Civil Veterinary Department Bihar & Orissa reports 1911-21 - 1911-1921
Year: 1911
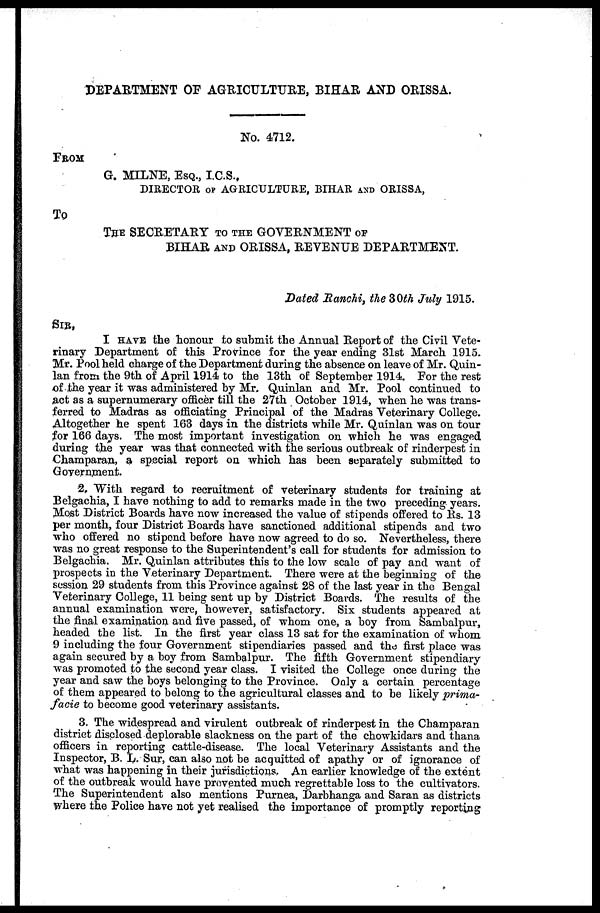
DEPARTMENT OF AGRICULTURE, BIHAR AND ORISSA.
No. 4712.
FROM
G. MILNE, ESQ., I.C.S.,
DIRECTOR OF AGRICULTURE, BIHAR AND ORISSA,
TO
THE SECRETARY TO THE GOVERNMENT OF
BIHAR AND ORISSA, REVENUE DEPARTMENT.
Dated Ranchi, the 30th July 1915.
SIR,
I HAVE the honour to submit the Annual Report of the Civil Vete-
rinary Department of this Province for the year ending 31st March 1915.
Mr. Pool held charge of the Department during the absence on leave of Mr. Quin-
lan from the 9th of April 1914 to the 13th of September 1914. For the rest
of the year it was administered by Mr. Quinlan and Mr. Pool continued to
act as a supernumerary officer till the 27th October 1914, when he was trans-
ferred to Madras as officiating Principal of the Madras Veterinary College.
Altogether he spent 163 days in the districts while Mr. Quinlan was on tour
for 166 days. The most important investigation on which he was engaged
during the year was that connected with the serious outbreak of rinderpest in
Champaran, a special report on which has been separately submitted to
Government.
2. With regard to recruitment of veterinary students for training at
Belgachia, I have nothing to add to remarks made in the two preceding years.
Most District Boards have now increased the value of stipends offered to Rs. 13
per month, four District Boards have sanctioned additional stipends and two
who offered no stipend before have now agreed to do so. Nevertheless, there
was no great response to the Superintendent's call for students for admission to
Belgachia. Mr. Quinlan attributes this to the low scale of pay and want of
prospects in the Veterinary Department. There were at the beginning of the
session 29 students from this Province against 28 of the last year in the Bengal
Veterinary College, 11 being sent up by District Boards. The results of the
annual examination were, however, satisfactory. Six students appeared at
the final examination and five passed, of whom one, a boy from Sambalpur,
headed the list. In the first year class 13 sat for the examination of whom
9 including the four Government stipendiaries passed and the first place was
again secured by a boy from Sambalpur. The fifth Government stipendiary
was promoted to the second year class. I visited the College once during the
year and saw the boys belonging to the Province. Only a certain percentage
of them appeared to belong to the agricultural classes and to be likely prima-
facie to become good veterinary assistants.
3. The widespread and virulent outbreak of rinderpest in the Champaran
district disclosed deplorable slackness on the part of the chowkidars and thana
officers in reporting cattle-disease. The local Veterinary Assistants and the
Inspector, B. L. Sur, can also not be acquitted of apathy or of ignorance of
what was happening in their jurisdictions. An earlier knowledge of the extent
of the outbreak would have prevented much regrettable loss to the cultivators.
The Superintendent also mentions Purnea, Darbhanga and Saran as districts
where the Police have not yet realised the importance of promptly reporting